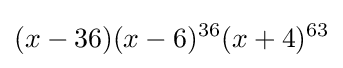
(x-36)(x-6)^{36}(x+4)^{63}